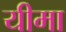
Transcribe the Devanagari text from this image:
यीमा